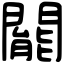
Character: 𨶙